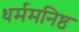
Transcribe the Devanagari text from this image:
धर्ममनिष्ठ